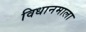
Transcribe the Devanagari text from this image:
विधानमाला